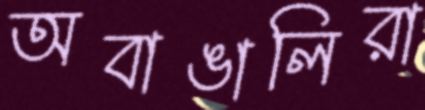
অবাঙালিরা